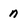
Character: n